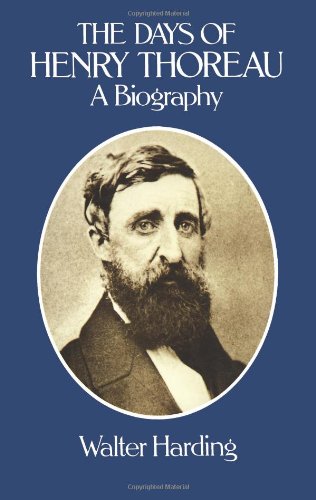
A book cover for The Days of Henry Thoreau: A Biography; Walter Harding; Literature & Fiction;